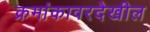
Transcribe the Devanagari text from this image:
क्रमांकावरदेखील